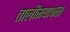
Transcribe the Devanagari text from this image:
तालीमयाफ्ता